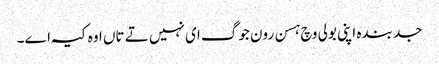
جد بندہ اپنی بولی وچ ہسن رون جوگ ای نہیں تے تاں اوہ کیہ اے۔